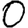
Digit: 0